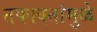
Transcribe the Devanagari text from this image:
तफावतांमुळे